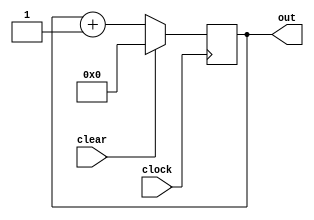
module counter(clear, clock, out);
  input clear, clock;
  output reg [4:0] out;

  always @(posedge clock)
    if (clear)
		out <= 5'b00000;
    else
      out <= out + 5'b00001;

endmodule